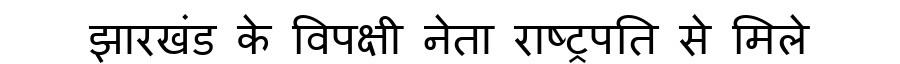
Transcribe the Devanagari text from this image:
झारखंड के विपक्षी नेता राष्ट्रपति से मिले